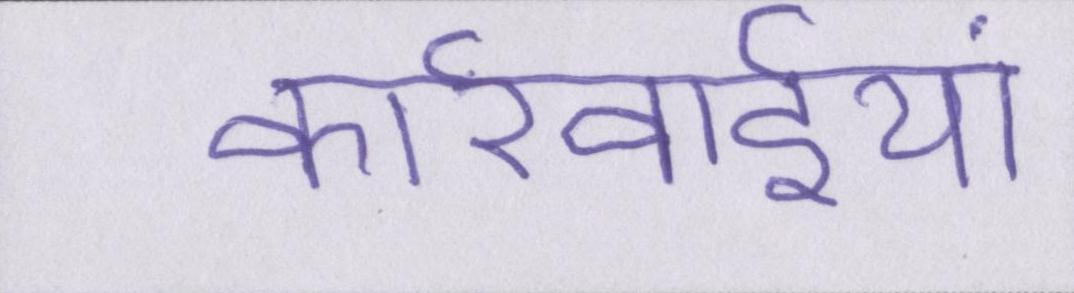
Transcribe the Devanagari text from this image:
कार्रवाईयां